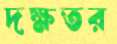
দক্ষতর